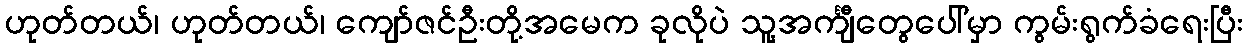
ဟုတ်တယ်၊ ဟုတ်တယ်၊ ကျော်ဇင်ဦးတို့အမေက ခုလိုပဲ သူ့အင်္ကျီတွေပေါ်မှာ ကွမ်းရွက်ခံရေးပြီး